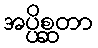
အပ္ပိစ္ဆတာ